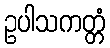
ဥပါသကတ္တံ